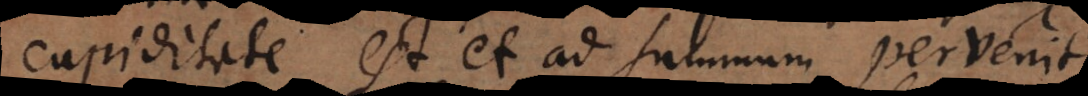
cupiditate est et ad summum pervenit